Report on sanitation, dispensaries, and jails in Rajputana for 1909, and on vaccination for the year 1909-1910 - 1909-1910
Year: 1909
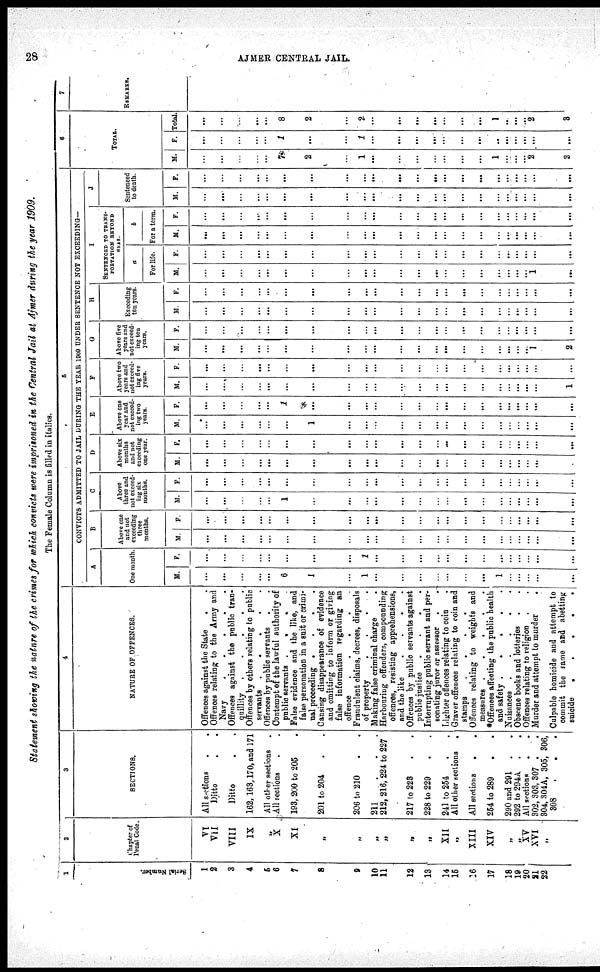
28
AJMER CENTRAL JAIL.
Statement showing the nature of the crimes for which convicts were imprisoned in the Central Jail at Ajmer during the year 1909.
The Female Column is filled in italics.
1
Serial Number.
1
2
3
4
5
6
7
8
9
10
11
12
13
14
15
16
17
18
19
20
21
22
2
Chapter of
Penal Code.
VI
VII
VIII
IX
„
X
XI
„
„
„
„
„
„
XII
„
XIII
XIV
„
„
XV
XVI
„
3
SECTIONS.
All sections
.
.
Ditto . .
Ditto . .
162,163,170, and 171
All other sections .
All sections . .
193, 200 to 205 .
201 to 204 . .
206 to 210 . .
211
.
.
.
212, 216, 224 to 227
217 to 223 . .
228 to 229 . .
241 to 254 . .
All other sections .
All sections
. .
254 to 289 . .
290 and 291 . .
292 to 294A . .
All sections
.
.
302, 303, 307 . .
304, 304A, 305, 306,
308
.
.
.
4
NATURE OF OFFENCES.
Offences against the State
. .
Offences relating to the Army and
Navy. . . . .
Offences against the public tran-
quillity
.
.
.
.
.
Offences by others relating to public
servants. . . . .
Offences by public servants . .
Contempt of the lawful authority of
public servants .
.
.
False evidence and the like, and
false personation in a suit or crimi-
nal proceeding .
.
.
.
Causing disappearance of evidence
and omitting to inform or giving
false information regarding an
offence
.
.
.
.
Fraudulent claims, decrees, disposals
of property
.
.
.
.
Making false criminal charge .
Harbouring offenders, compounding
offences, resisting apprehensions,
and the like
.
.
.
.
Offences by public servants against
public justice
.
.
.
.
Interrupting public servant and per-
sonating juror or assessor .
.
Lighter offences relating to coin .
Graver offences relating to coin and
stamps
.
.
.
.
Offences relating to weights and
measures .
.
.
.
.
*Offences affecting the public health
and safety .
.
.
.
.
Nuisances .
.
.
.
.
Obscene books and lotteries . .
Offences relating to religion . .
Murder and attempt to murder . .
Culpable homicide and attempt to
commit the same and abetting
suicide
.
.
.
.
.
5
CONVICTS ADMITTED TO JAIL DURING THE YEAR 1909 UNDER SENTENCE NOT EXCEEDING—
A
One month.
M.
...
...
...
...
...
6
1
...
1
...
...
...
...
...
...
...
1
...
...
...
...
...
F.
...
...
...
...
...
...
...
...
1
...
...
...
...
...
...
...
...
...
...
...
...
...
B
Above one
and not
exceeding
three
months.
M.
...
...
...
...
...
...
...
...
...
...
...
...
...
...
...
...
...
...
...
...
...
...
F.
...
...
...
...
...
...
...
...
...
...
...
...
...
...
...
...
...
...
...
...
...
...
C
Above
three and
not exceed¬
ing six
months.
M.
...
...
...
...
...
1
...
...
...
...
...
...
...
...
...
...
...
...
...
...
...
...
F.
...
...
...
...
...
...
...
...
...
...
...
...
...
...
...
...
...
...
...
...
...
...
D
Above six
months
and not
exceeding
one year.
M.
...
...
...
...
...
...
...
...
...
...
...
...
...
...
...
...
...
...
...
...
...
...
F.
...
...
...
...
...
...
...
...
...
...
...
...
...
...
...
...
...
...
...
...
...
...
E
Above one
year and
not exceed-
ing two
years.
M.
...
...
...
...
...
...
1
...
...
...
...
...
...
...
...
...
...
...
...
...
...
...
F.
...
...
...
...
...
1
...
...
...
...
...
...
...
...
...
...
...
...
...
...
...
...
F
Above two
years and
not exceed-
ing five
years.
M.
...
...
...
...
...
...
...
...
...
...
...
...
...
...
...
...
...
...
...
...
...
1
F.
...
...
...
...
...
...
...
...
...
...
...
...
...
...
...
...
...
...
...
...
...
...
G
Above five
years and
not exceed-
ing ten
years.
M.
...
...
...
...
...
...
...
...
...
...
...
...
...
...
...
...
...
...
...
...
1
2
F.
...
...
...
...
...
...
...
...
...
...
...
...
...
...
...
...
...
...
...
...
...
...
H
Exceeding
ten years.
M.
...
...
...
...
...
...
...
...
...
...
...
...
...
...
...
...
...
...
...
...
...
...
F.
...
...
...
...
...
...
...
...
...
...
...
...
...
...
...
...
...
...
...
...
...
...
I
SENTENCED TO TRANS¬
PORTATION BEYOND
SEAS.
a
For life.
M.
...
...
...
...
...
...
...
...
...
...
...
...
...
...
...
...
...
...
...
...
1
...
F.
...
...
...
...
...
...
...
...
...
...
...
...
...
...
...
...
...
...
...
...
...
...
b
For a term.
M.
...
...
...
...
...
...
...
...
...
...
...
...
...
...
...
...
...
...
...
...
...
...
F.
...
...
...
...
...
...
...
...
...
...
...
...
...
...
...
...
...
...
...
...
...
...
J
Sentenced
to death.
M.
...
...
...
...
...
...
...
...
...
...
...
...
...
...
...
...
...
...
...
...
...
...
F.
...
...
...
...
...
...
...
...
...
...
...
...
...
...
...
...
...
...
...
...
...
...
6
TOTAL.
M.
...
...
...
...
...
7
2
...
1
...
...
...
...
...
...
...
1
...
...
...
2
3
F.
...
...
...
...
...
1
...
...
1
...
...
...
...
...
...
...
...
...
...
...
...
...
Total.
...
...
...
...
...
8
2
...
2
...
...
...
...
...
...
...
1
...
...
...
2
3
7
REMARKS.